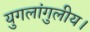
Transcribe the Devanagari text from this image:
युगलांगुलीय।